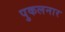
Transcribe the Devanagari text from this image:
पुकलनार